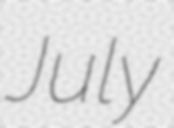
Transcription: July